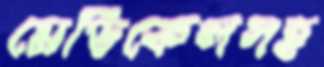
মেডিকেলসহ